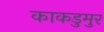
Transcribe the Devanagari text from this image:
काकडुमुर